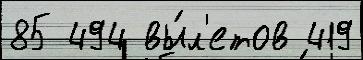
85 494 вы́л'етов 419